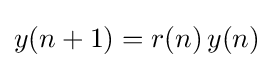
{\textstyle y(n+1)=r(n)\,y(n)}